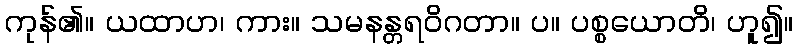
ကုန်၏။ ယထာဟ၊ ကား။ သမနန္တရဝိဂတာ။ ပ။ ပစ္စယောတိ၊ ဟူ၍။